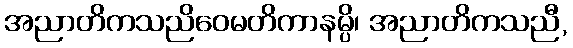
အညာတိကသညိဝေမတိကာနမ္ပိ၊ အညာတိကသညီ,